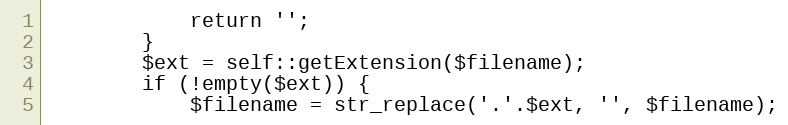
Language: PHP
            return '';
        }
        $ext = self::getExtension($filename);
        if (!empty($ext)) {
            $filename = str_replace('.'.$ext, '', $filename);